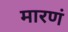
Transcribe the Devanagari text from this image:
मारणं